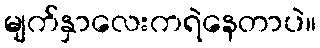
မျက်နှာလေးကရဲနေတာပဲ။